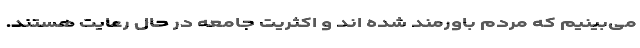
می‌بینیم که مردم باورمند شده اند و اکثریت جامعه در حال رعایت هستند.